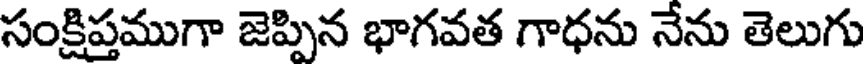
సంక్షిప్తముగా జెప్పిన భాగవత గాధను నేను తెలుగు